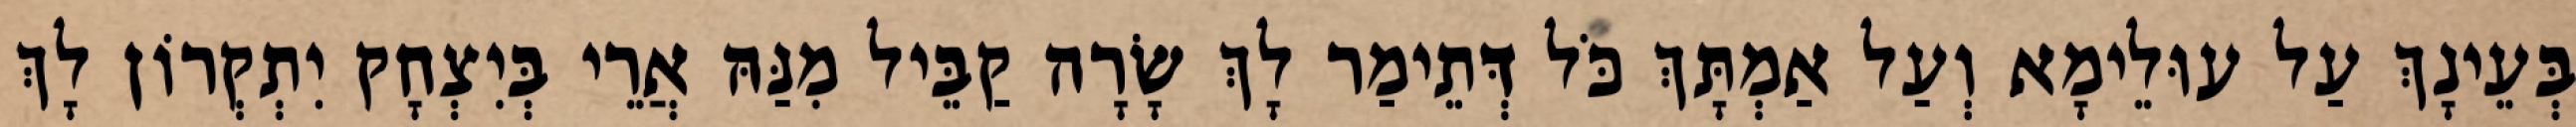
בְּעֵינָךְ עַל עוּלֵימָא וְעַל אַמְתָּךְ כֹּל דְּתֵימַר לָךְ שָׂרָה קַבֵּיל מִנַּהּ אֲרֵי בְּיִצְחָק יִתְקְרוֹן לָךְ